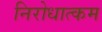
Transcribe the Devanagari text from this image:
निरोधात्कम